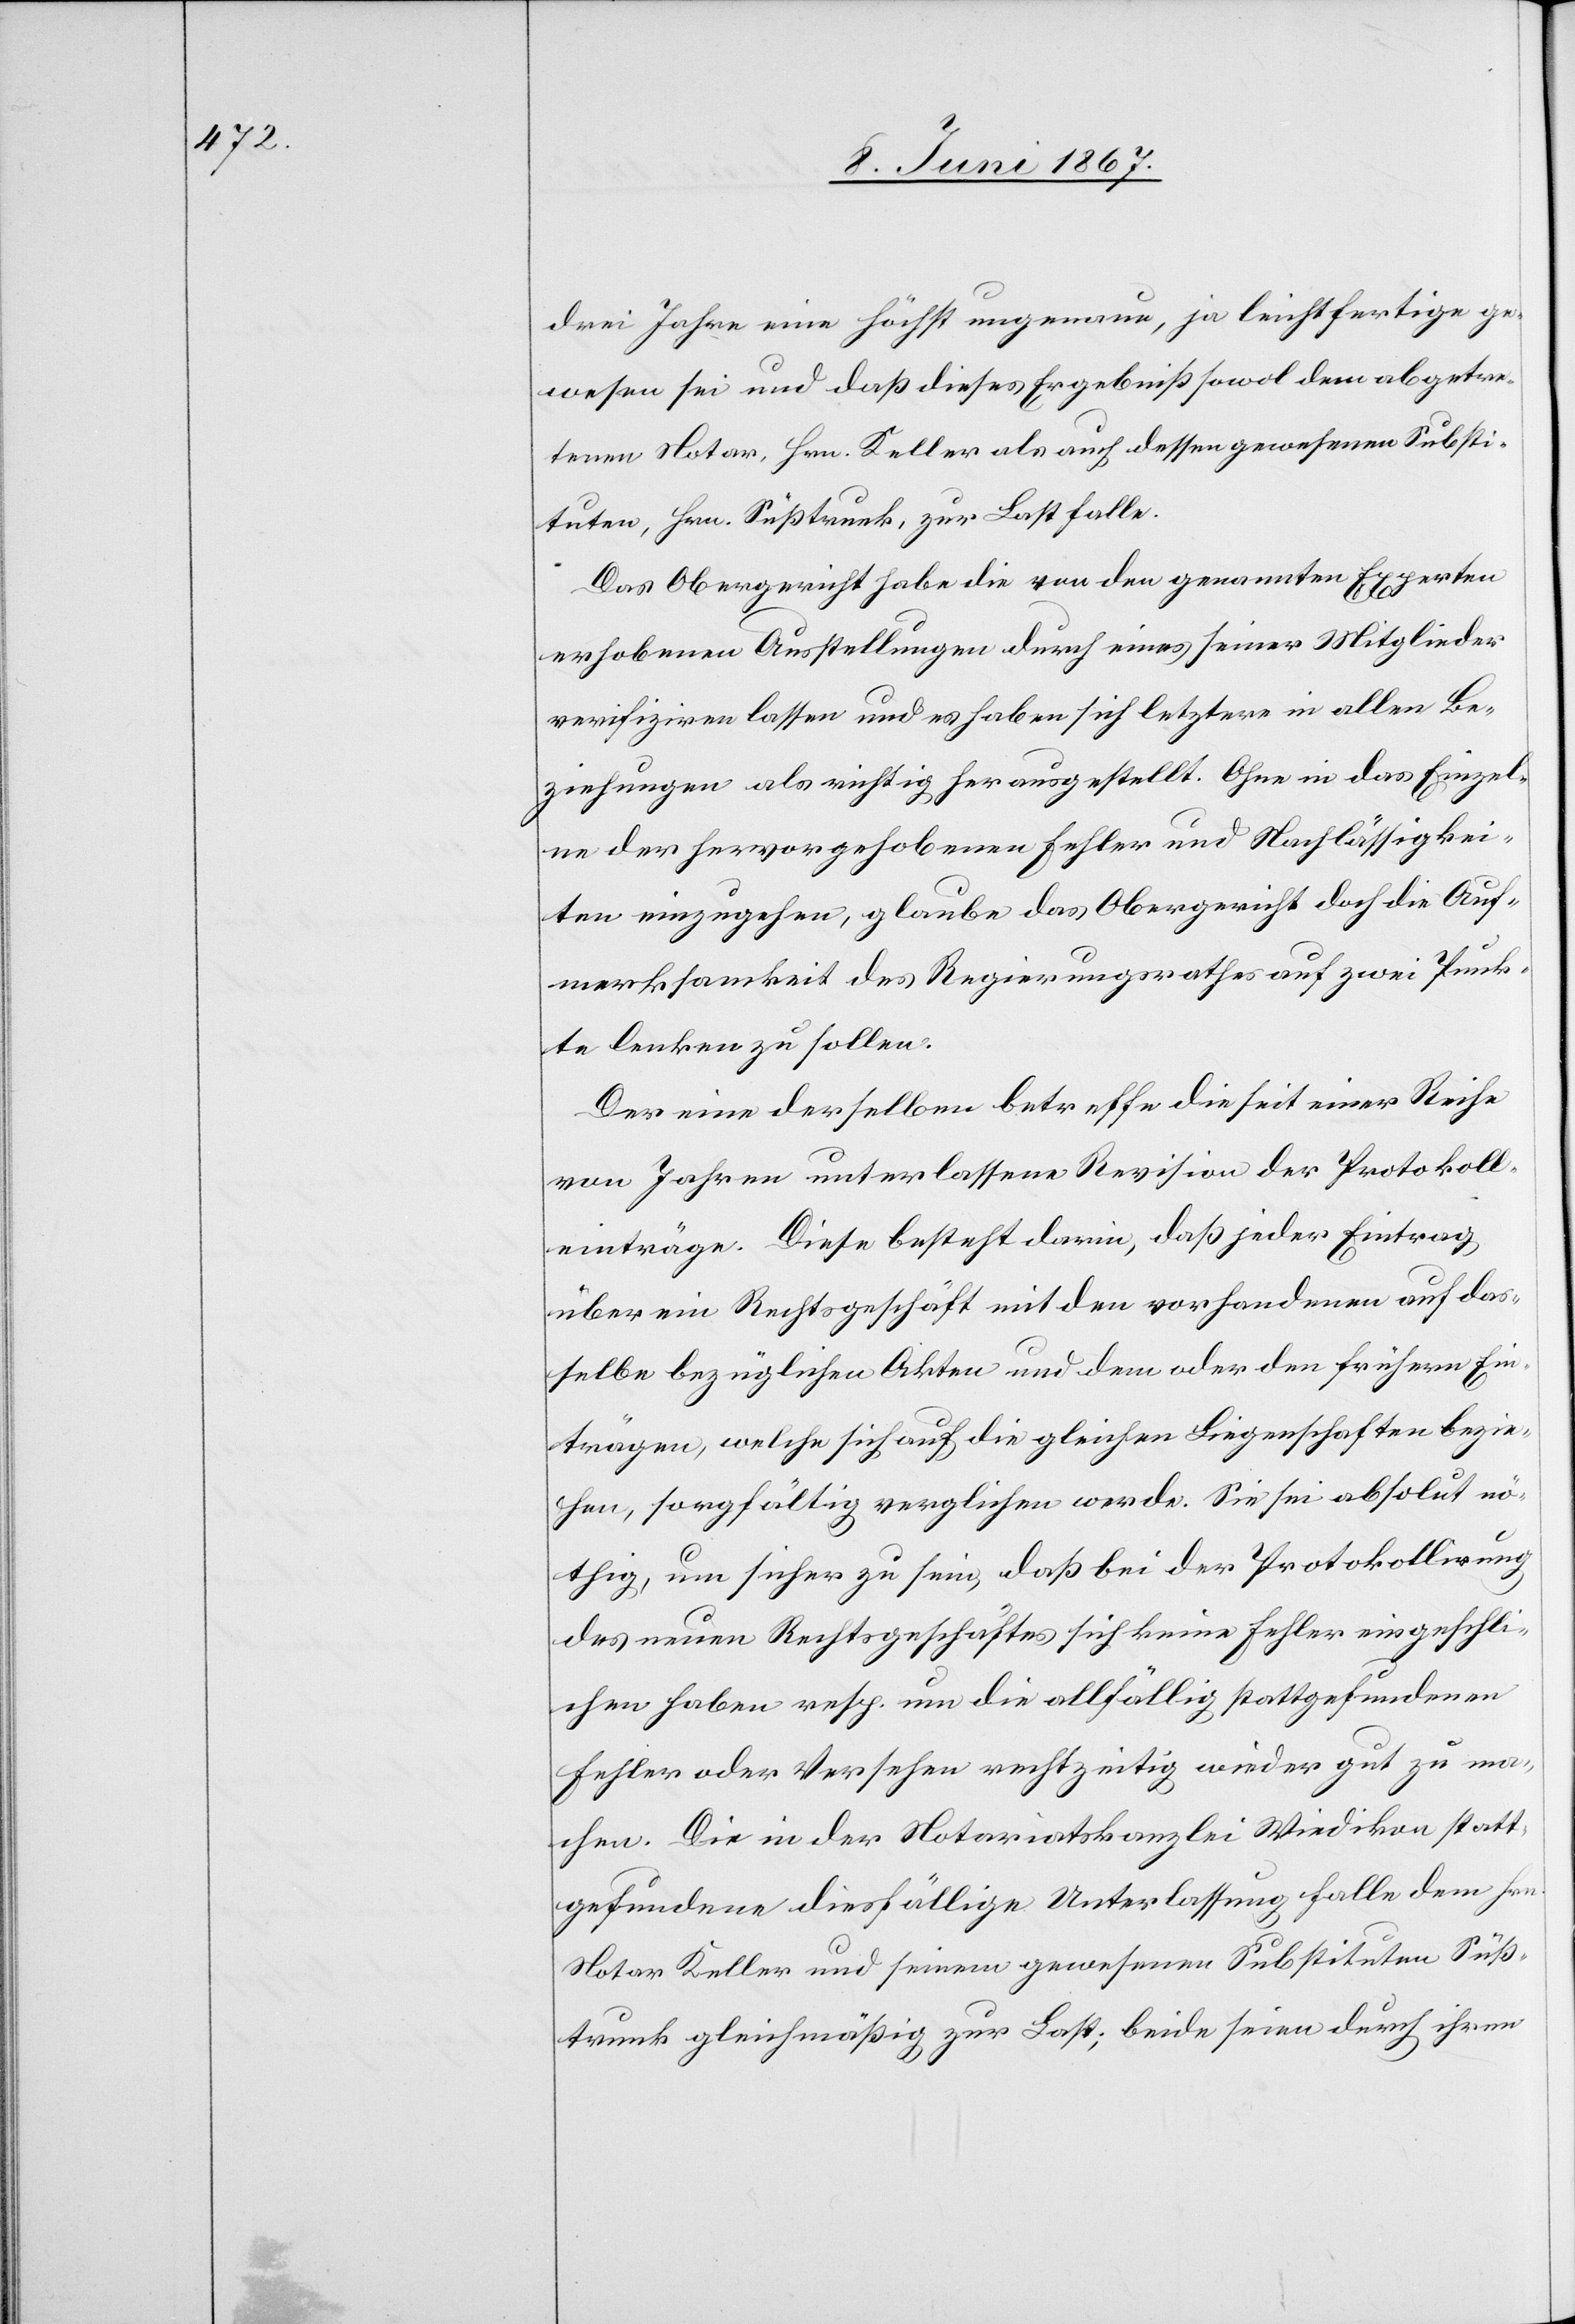
drei Jahre eine höchst ungenaue, ja leichtfertige ge¬
wesen sei und daß dieses Ergebniß sowol dem abgetre¬
tenen Notar, Hrn. Keller als auch dessen gewesenen Substi¬
tuten, Hrn. Süßtrunk, zur Last falle.
Das Obergericht habe die von den genannten Experten
erhobenen Ausstellungen durch eines seiner Mitglieder
verifizieren lassen und es haben sich letztere in allen Be¬
ziehungen als richtig herausgestellt. Ohne in das Einzel¬
ne der hervorgehobenen Fehler und Nachlässigkei¬
ten einzugehen, glaube das Obergericht doch die Auf¬
merksamkeit des Regierungsrathes auf zwei Punk¬
te lenken zu sollen.
Der eine derselben betreffe die seit einer Reihe
von Jahren unterlassene Revision der Protokoll¬
einträge. Diese besteht darin, daß jeder Eintrag
über ein Rechtsgeschäft mit den vorhandenen auf das¬
selbe bezüglichen Akten und dem oder den frühern Ein¬
trägen, welche sich auf die gleichen Liegenschaften bezie¬
hen, sorgfältig verglichen werde. Sie sei absolut nö¬
thig, um sicher zu sein, daß bei der Protokollirung
des neuen Rechtsgeschäftes sich keine Fehler eingeschli¬
chen haben resp. um die allfällig stattgefundenen
Fehler oder Versehen rechtzeitig wieder gut zu ma¬
chen. Die in der Notariatskanzlei Wiedikon statt¬
gefundene diesfällige Unterlassung falle dem Hrn.
Notar Keller und seinem gewesenen Substituten Süß¬
trunk gleichmäßig zur Last; beide seien durch ihren